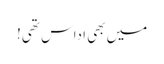
میں بھی اداس تھی!